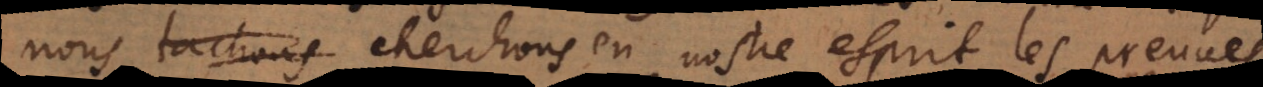
nous tachons cherchons en nostre esprit les preuves